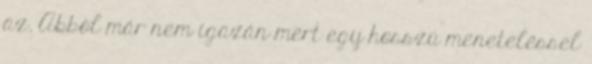
az. Abból már nem igazán mert egy hosszú meneteléssel